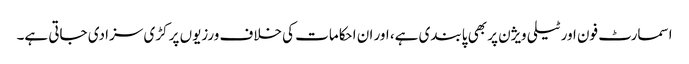
اسمارٹ فون اور ٹیلی ویژن پر بھی پابندی ہے، اور ان احکامات کی خلاف ورزیوں پر کڑی سزا دی جاتی ہے۔